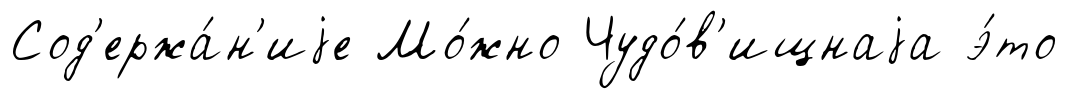
Сод'ержа́н'иjе Мо́жно Чудо́в'ищнаjа э́то